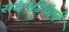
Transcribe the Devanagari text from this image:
संदर्भग्रंथांचे